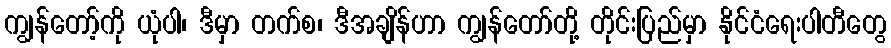
ကျွန်တော့်ကို ယုံပါ၊ ဒီမှာ တက်စ၊ ဒီအချိန်ဟာ ကျွန်တော်တို့ တိုင်းပြည်မှာ နိုင်ငံရေးပါတီတွေ